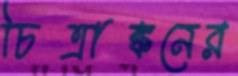
চিত্রাঙ্কনের